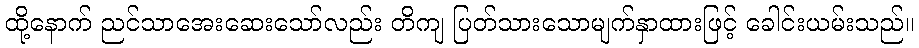
ထို့နောက် ညင်သာအေးဆေးသော်လည်း တိကျ ပြတ်သားသောမျက်နှာထားဖြင့် ခေါင်းယမ်းသည်။